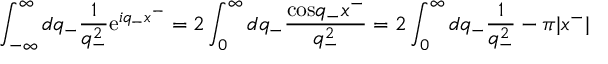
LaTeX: \int _ { - \infty } ^ { \infty } d q _ { - } \frac { 1 } { q _ { - } ^ { 2 } } \mathrm { e } ^ { i q _ { - } x ^ { - } } = 2 \int _ { 0 } ^ { \infty } d q _ { - } \frac { \mathrm { c o s } q _ { - } x ^ { - } } { q _ { - } ^ { 2 } } = 2 \int _ { 0 } ^ { \infty } d q _ { - } \frac { 1 } { q _ { - } ^ { 2 } } - { \pi } | x ^ { - } |